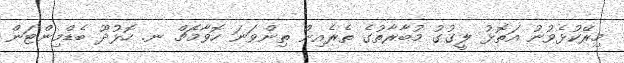
މިރޭކުޅެވުނު އަތޮޅު ލީގުގު މުބާރާތުގެ ތެރެއިން ތިންވަނަ ހޮވާމެޗް ނ. ހޮޅުދޫ ބެޑްމިންޓަން